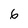
Character: 6